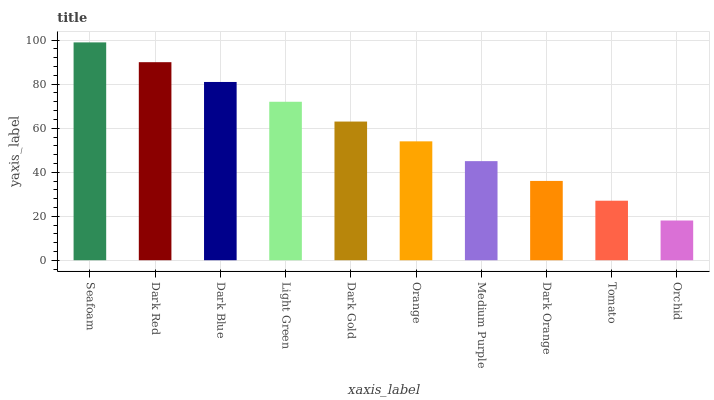
| xaxis_label | bars |
 | --- | --- |
 | Seafoam | 99 |
 | Dark Red | 90 |
 | Dark Blue | 81 |
 | Light Green | 72 |
 | Dark Gold | 63 |
 | Orange | 54 |
 | Medium Purple | 45 |
 | Dark Orange | 36 |
 | Tomato | 27 |
 | Orchid | 18.1 |